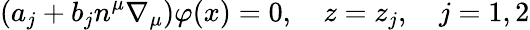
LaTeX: \left(a_{j}+b_{j}n^{\mu}\nabla_{\mu}\right)\varphi(x)=0,\quad z=z_{j},\quad j=1,2